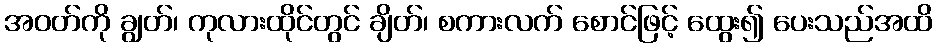
အဝတ်ကို ချွတ်၊ ကုလားထိုင်တွင် ချိတ်၊ စကားလက် စောင်ဖြင့် ထွေး၍ ပေးသည်အထိ